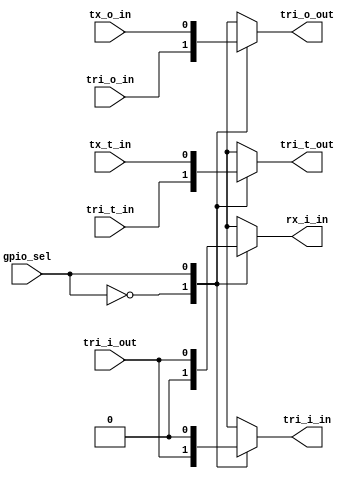
module arduino_switch_digital_uart_bit(
    input gpio_sel,  
    input tri_i_out,   
    output reg tri_o_out,   
    output reg tri_t_out,   
    output tri_i_in,   
    input tri_o_in,    
    input tri_t_in,    
    output rx_i_in,  
    input tx_o_in,   
    input tx_t_in    
    );
    reg [1:0] tri_i_out_demux;
    assign {rx_i_in, tri_i_in} = tri_i_out_demux;
    always @(gpio_sel, tri_o_in, tx_o_in)
       case (gpio_sel)
          1'h0: tri_o_out = tri_o_in;       
          1'h1: tri_o_out = tx_o_in;        
       endcase
    always @(gpio_sel, tri_i_out)
    begin
       tri_i_out_demux = {2{1'b0}};
       case (gpio_sel)
          1'h0: tri_i_out_demux[0] = tri_i_out;     
          1'h1: tri_i_out_demux[1] = tri_i_out;     
       endcase
    end
    always @(gpio_sel, tri_t_in, tx_t_in)
       case (gpio_sel)
          1'h0: tri_t_out = tri_t_in;       
          1'h1: tri_t_out = tx_t_in;        
       endcase
endmodule